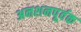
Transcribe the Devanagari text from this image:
अनशनपूर्वक